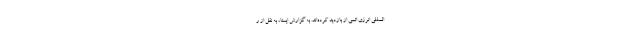
المللی انرژی اتمی از بازدید کرده‌اند. به گزارش ایسنا، به نقل از ر